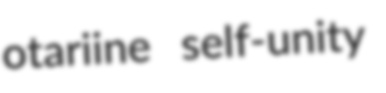
otariine self-unity